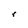
Character: r